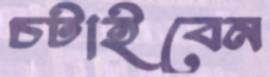
চটাইবেন